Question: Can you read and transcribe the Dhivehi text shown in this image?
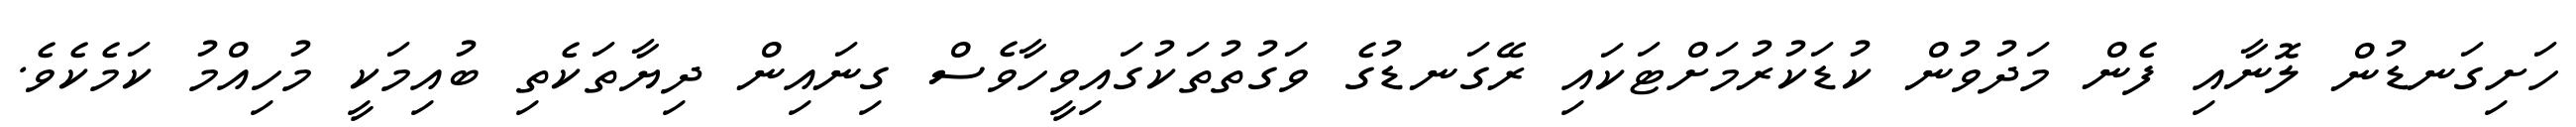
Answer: ހަށިގަނޑުން ލޮނާއި ފެން މަދުވުން ކުޑަކުރުމަށްޓަކައި ރޭގަނޑުގެ ވަގުތުތަކުގައިވީހާވެސް ގިނައިން ދިޔާތަކެތި ބުއިމަކީ މުހިއްމު ކަމެކެވެ.